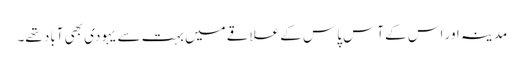
مدینہ اور اس کے آس پاس کے علاقے میں بہت سے یہودی بھی آباد تھے۔